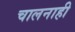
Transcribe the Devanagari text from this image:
चालनाही